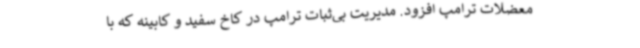
معضلات ترامپ افزود. مدیریت بی‌ثبات ترامپ در کاخ سفید و کابینه که با